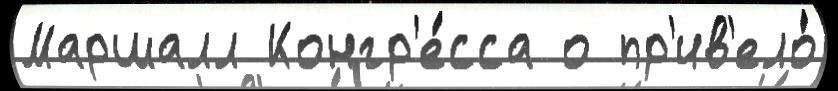
Маршалл Конгр'е́сса о пр'ив'ело́